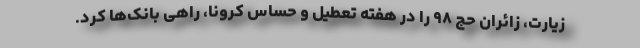
زیارت، زائران حج ۹۸ را در هفته تعطیل و حساس کرونا، راهی بانک‌ها کرد.